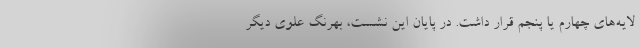
لایه‌های چهارم یا پنجم قرار داشت. در پایان این نشست، بهرنگ علوی دیگر